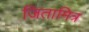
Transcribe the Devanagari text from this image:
जितामित्र